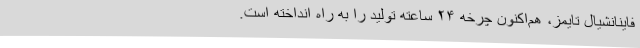
فاینانشیال تایمز، هم‌اکنون چرخه ۲۴ ساعته تولید را به راه انداخته است.